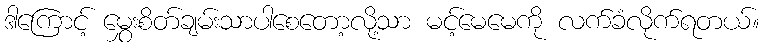
ဒါကြောင့် မွှေးစိတ်ချမ်းသာပါစေတော့လို့သာ မင့်မေမေကို လက်ခံလိုက်ရတယ်။